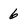
Character: 6